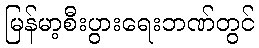
မြန်မာ့စီးပွားရေးဘဏ်တွင်